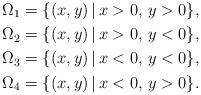
LaTeX: \begin{align*}\Omega_1 &= \{ (x,y) \,|\, x>0,\, y>0 \}, \\\Omega_2 &= \{ (x,y) \,|\, x>0,\, y<0 \}, \\\Omega_3 &= \{ (x,y) \,|\, x<0,\, y<0 \}, \\\Omega_4 &= \{ (x,y) \,|\, x<0,\, y>0 \}.\end{align*}